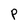
Character: P